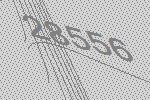
28556